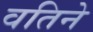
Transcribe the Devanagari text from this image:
वतिने